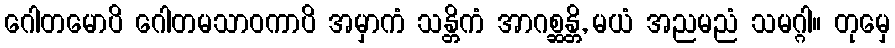
ဂေါတမောပိ ဂေါတမသာဝကာပိ အမှာကံ သန္တိကံ အာဂစ္ဆန္တိ, မယံ အညမညံ သမဂ္ဂါ။ တုမှေ